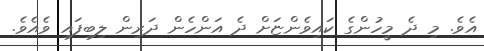
އެވެ. މި ދެ މީހުންގެ ކައިވެންޏަށް ދެ އަންހެން ދަރިން ލިބިފައި ވެއެވެ.